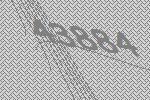
43884